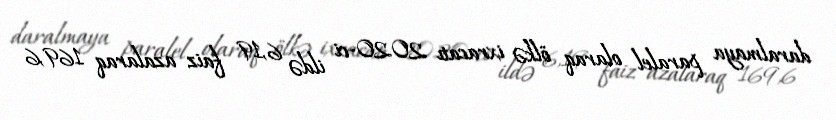
daralmaya paralel olaraq ölkə ixracatı 2020-ci ildə 6,19 faiz azalaraq 169,6